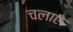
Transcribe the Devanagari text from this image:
चलाऐ